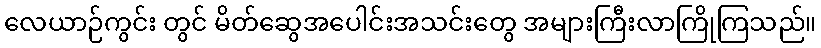
လေယာဉ်ကွင်း တွင် မိတ်ဆွေအပေါင်းအသင်းတွေ အများကြီးလာကြိုကြသည်။